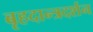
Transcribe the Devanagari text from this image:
बृहदान्त्रदर्शन